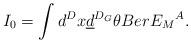
LaTeX: \begin{align*}I_0=\int d^Dx\underline{d}^{D_G}\theta Ber {E_M}^A.\end{align*}